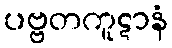
ပဗ္ဗတကူဋာနံ